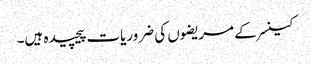
کینسر کے مریضوں کی ضروریات پیچیدہ ہیں۔